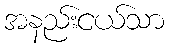
အနည်းငယ်သာ